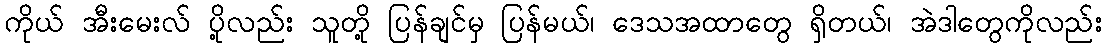
ကိုယ် အီးမေးလ် ပို့လည်း သူတို့ ပြန်ချင်မှ ပြန်မယ်၊ ဒေသအထာတွေ ရှိတယ်၊ အဲဒါတွေကိုလည်း